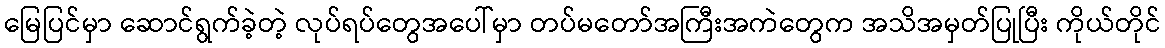
မြေပြင်မှာ ဆောင်ရွက်ခဲ့တဲ့ လုပ်ရပ်တွေအပေါ်မှာ တပ်မတော်အကြီးအကဲတွေက အသိအမှတ်ပြုပြီး ကိုယ်တိုင်